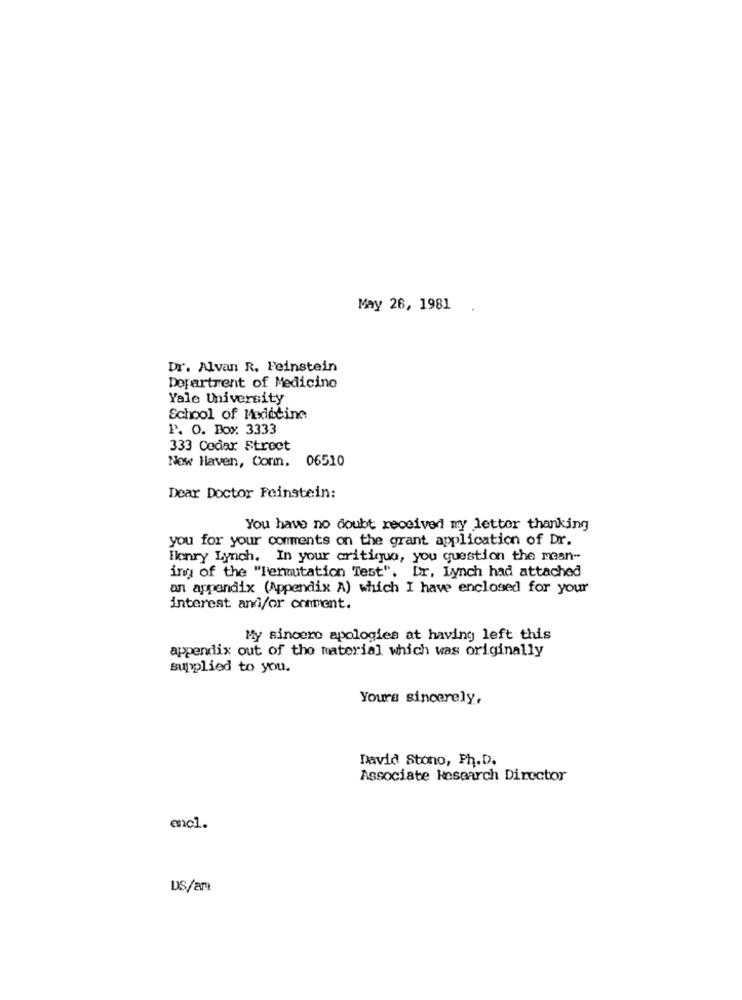
May 26, 1981 .
Dr. Alvan R. Feinstein
Department of Medicine
Yale University
School of Medicine
P. O. Box 3333
333 Cedar Street
New Haven, Conm. 06510
Dear Doctor Feinstein:
You have no doubt received my letter thanking
you for your comments on the grant application of Dr.
Henry Lynch. In your critique, you question the mean-
ing of the "Permutation Test". Dr. Lynch had attached
an appendix (Appendix A) which I have enclosed for your
interest and/or comment.
My sincere apologies at having left this
appendix out of the material which was originally
supplied to you.
Yours sincerely,
David Stono, Ph.D.
Associate Research Director
encl.
DS/arı